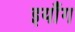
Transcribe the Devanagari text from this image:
इयाँग